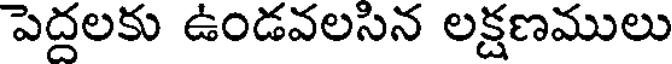
పెద్దలకు ఉండవలసిన లక్షణములు